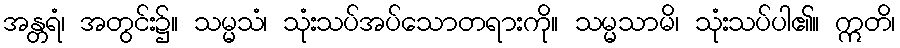
အန္တရံ၊ အတွင်း၌။ သမ္မသံ၊ သုံးသပ်အပ်သောတရားကို။ သမ္မသာမိ၊ သုံးသပ်ပါ၏။ ဣတိ၊